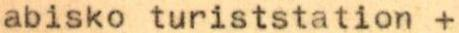
abisko turiststation +